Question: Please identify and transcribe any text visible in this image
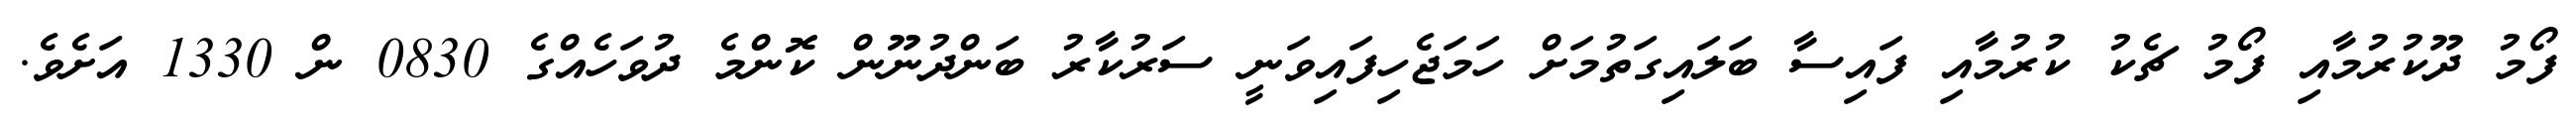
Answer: ފޯމު ދޫކުރުމާއި ފޯމު ޗެކު ކުރުމާއި ފައިސާ ބަލައިގަތުމަށް ހަމަޖެހިފައިވަނީ ސަރުކާރު ބަންދުނޫން ކޮންމެ ދުވަހެއްގެ 0830 ން 1330 އަށެވެ.